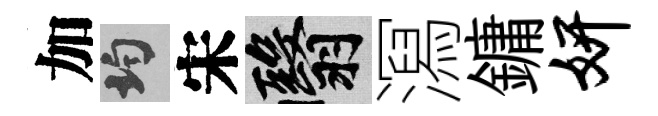
加均宋翳㵼鏞妍